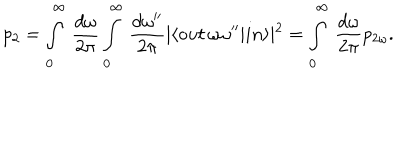
LaTeX: p _ { 2 } = \int _ { 0 } ^ { \infty } \, \frac { d \omega } { 2 \pi } \int _ { 0 } ^ { \infty } \, \frac { d \omega ^ { \prime \prime } } { 2 \pi } \vert \langle o u t \, \omega \omega ^ { \prime \prime } \vert i n \rangle \vert ^ { 2 } = \int _ { 0 } ^ { \infty } \, \frac { d \omega } { 2 \pi } p _ { 2 \omega } .